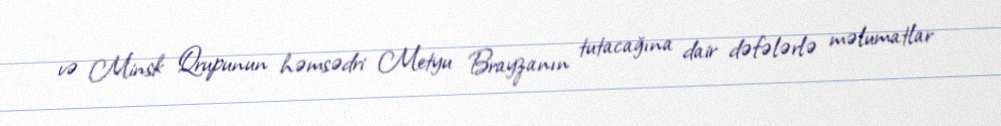
və Minsk Qrupunun həmsədri Metyu Brayzanın tutacağına dair dəfələrlə məlumatlar